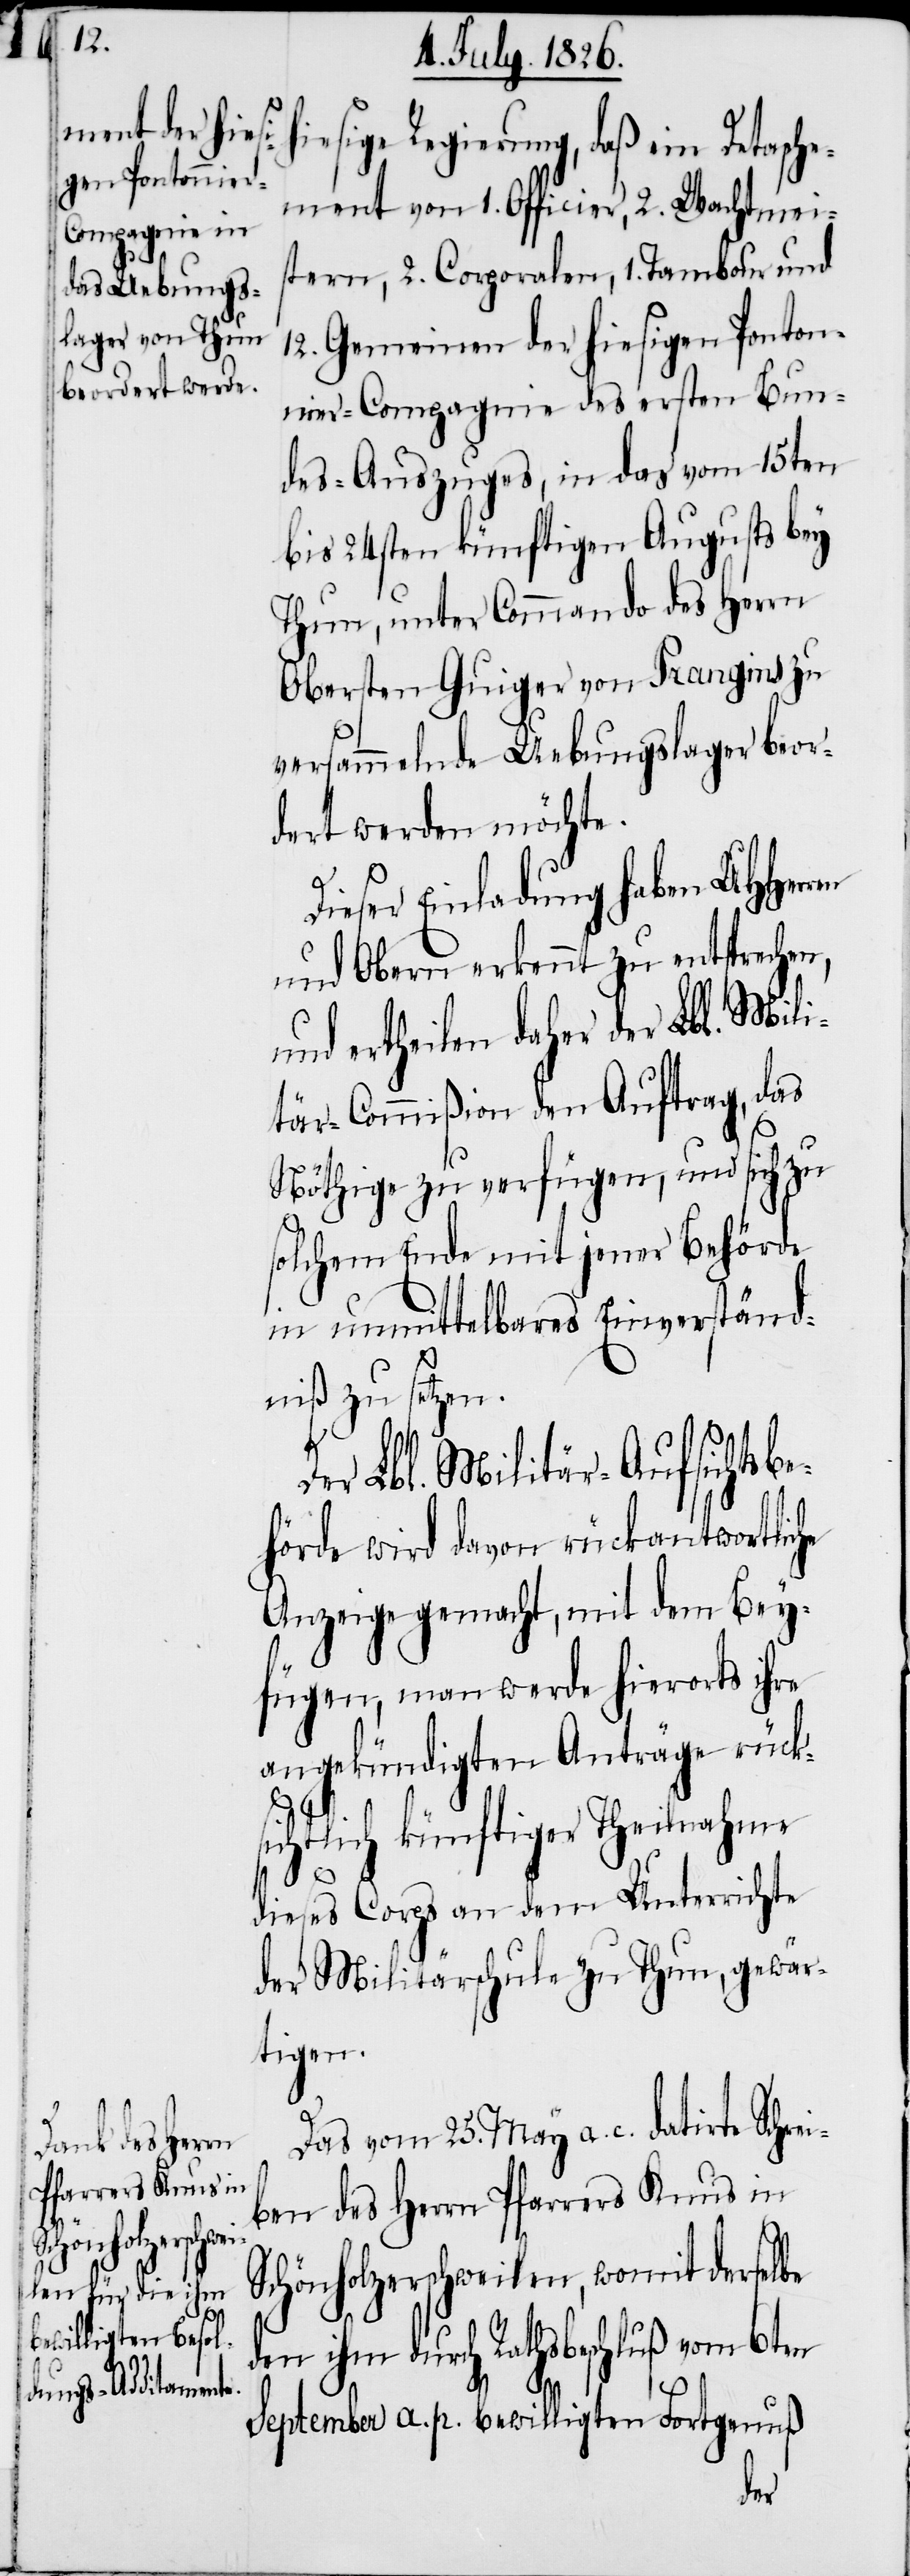
hiesige Regierung, daß ein Detasche¬
ment von 1. Officier, 2. Wachtmei¬
stern, 2. Corporalen, 1. Tambour und
12. Gemeinen der hiesigen Ponton¬
nier-Compagnie des ersten Bun¬
des-Auszuges, in das vom 15ten
bis 24sten künftigen Augusts bey
Thun, unter Commando des Herrn
Obersten Guiger von Prangins zu
versammelnde Uebungslager beor¬
dert werden möchte.
Dieser Einladung haben MHHerr¬
und Obern erkennt zu entsprechen,
und ertheilen daher der Lbl. Mili¬
tär-Commißion den Auftrag, das
Nöthige zu verfügen, und sich zu
solchem Ende mit jener Behörde
in unmittelbares Einverständ¬
niß zu setzen.
Der Lbl. Militär-Aufsichtsbe¬
hörde wird davon rückantwortliche
Anzeige gemacht, mit dem Bey¬
fügen, man werde hierorts ihre
angekündigten Anträge rücks¬
ichtlich künftiger Theilnahme
dieses Corps an dem Unterrichte
der Militärschule zu Thun, gewär¬
tigen.
Das vom 25. May a. c. datirte Schre¬
iben des Herrn Pfarrers Knus in
Schönholzerschweilen, womit derselbe
den ihm durch Rathsbeschluß vom 6ten
September a. p. bewilligten Fortgenuß
en